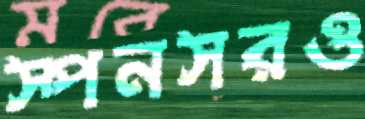
স্পনসরও